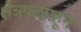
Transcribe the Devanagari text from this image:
क्षेत्रफळाहून